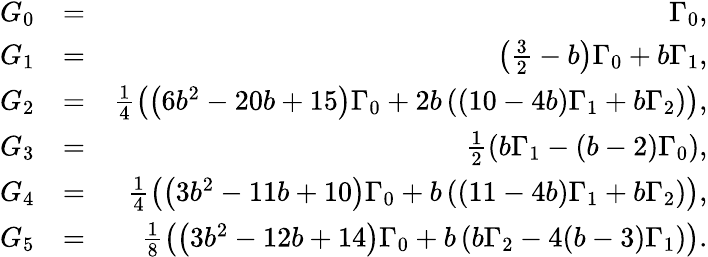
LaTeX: \begin{array}{rlr}{G_{0}}&{=}&{\Gamma_{0},}\\ {G_{1}}&{=}&{\left(\frac{3}{2}-b\right)\Gamma_{0}+b\Gamma_{1},}\\ {G_{2}}&{=}&{\frac{1}{4}\left(\left(6b^{2}-20b+15\right)\Gamma_{0}+2b\left((10-4b)\Gamma_{1}+b\Gamma_{2}\right)\right),}\\ {G_{3}}&{=}&{\frac{1}{2}\left(b\Gamma_{1}-(b-2)\Gamma_{0}\right),}\\ {G_{4}}&{=}&{\frac{1}{4}\left(\left(3b^{2}-11b+10\right)\Gamma_{0}+b\left((11-4b)\Gamma_{1}+b\Gamma_{2}\right)\right),}\\ {G_{5}}&{=}&{\frac{1}{8}\left(\left(3b^{2}-12b+14\right)\Gamma_{0}+b\left(b\Gamma_{2}-4(b-3)\Gamma_{1}\right)\right).}\end{array}